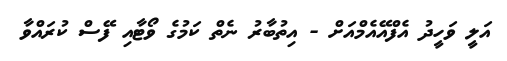
އަލީ ވަހީދު އެފްއޭއެމްއަށް - އިތުބާރު ނެތް ކަމުގެ ވޯޓާއި ފޭސް ކުރައްވާ